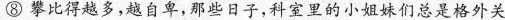
⑧ 攀比得越多，越自卑，那些日子，科室里的小姐妹们总是格外关